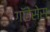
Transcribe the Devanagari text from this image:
गॉडेसेस